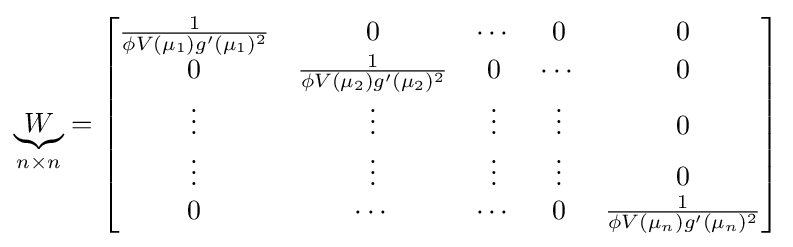
\underbrace {W} _{n\times n}={\begin{bmatrix}{\frac {1}{\phi V(\mu _{1})g'(\mu _{1})^{2}}}&0&\cdots &0&0\\0&{\frac {1}{\phi V(\mu _{2})g'(\mu _{2})^{2}}}&0&\cdots &0\\\vdots &\vdots &\vdots &\vdots &0\\\vdots &\vdots &\vdots &\vdots &0\\0&\cdots &\cdots &0&{\frac {1}{\phi V(\mu _{n})g'(\mu _{n})^{2}}}\end{bmatrix}}